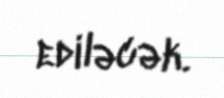
ediləcək.